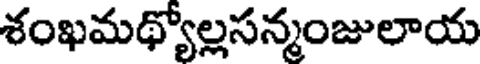
శంఖమథ్యోల్లసన్మంజులాయ